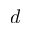
d